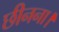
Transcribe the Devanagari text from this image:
छीनना।